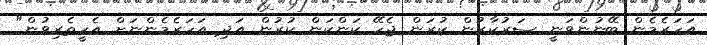
އަހަރެމެން ބޭނުންވަނީ ސަރުކާރުން ކުރަން ޖެހޭ ކަންކަން ކުރުން އަދި އަހަރެމެންނަށް އެހީތެރިވުން"